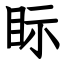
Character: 眎